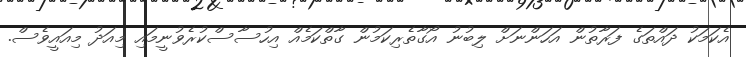
އެކަމަކު ދައްތަގެ ފަރާތުން އަހަންނަށް ލިބުނު އޯގާތެރިކަމުން ގާތްކަމެއް އިހުސާސްކުރެވުނީމައި މިއަދު މިއައީވެސް.